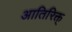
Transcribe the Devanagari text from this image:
आतिरिक्त्